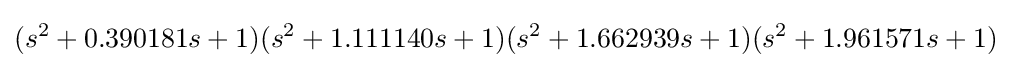
(s^{2}+0.390181s+1)(s^{2}+1.111140s+1)(s^{2}+1.662939s+1)(s^{2}+1.961571s+1)